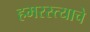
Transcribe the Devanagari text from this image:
हमरस्त्याचे